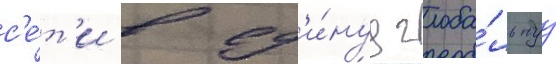
с'е́т'и в ед'и́нуу глоба́льнуу